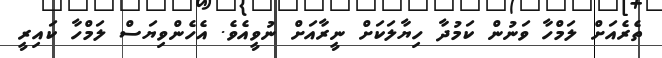
ތެރެއަށް ލަމްހާ ވަނުން ކަމުދާ ހިޔާލަކަށް ނީރާއަށް ނުވީއެވެ. އެހެންވިޔަސް ލަމްހާ ކައިރީ